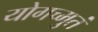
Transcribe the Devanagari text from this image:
योगच्मुतं